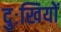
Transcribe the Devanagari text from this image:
दुःखियों